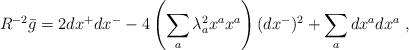
LaTeX: \begin{align*} R^{-2} \bar g = 2 dx^+ dx^- - 4\left( \sum_a \lambda_a^2 x^a x^a \right) (dx^-)^2 + \sum_a dx^a dx^a~,\end{align*}